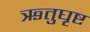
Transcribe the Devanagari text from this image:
ऋतुघृष्ट